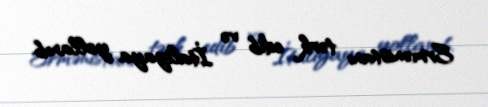
Ermənistanı tərk edib və İtaliyaya yollanıb.